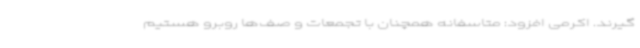
گیرند. اکرمی افزود: متاسفانه همچنان با تجمعات و صف‌ها روبرو هستیم